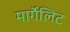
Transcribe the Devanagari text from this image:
मार्गेलिट